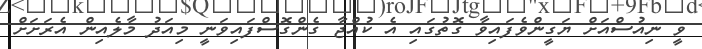
ވީ ނިއުސްއަށް ޔަގީންވެފައިވާ ގޮތުގައި އެ ކުއްޖާ ގެންގޮސްފައިވަނީ މިއަދު މާލެއިން އެރަށަށް